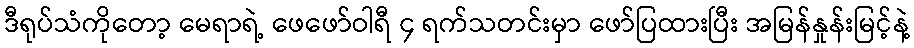
ဒီရုပ်သံကိုတော့ မေရာရဲ့ ဖေဖော်ဝါရီ ၄ ရက်သတင်းမှာ ဖော်ပြထားပြီး အမြန်နှုန်းမြင့်နဲ့